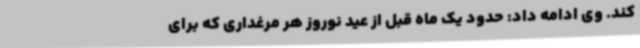
کند. وی ادامه داد: حدود یک ماه قبل از عید نوروز هر مرغداری که برای